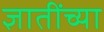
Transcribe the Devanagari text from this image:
ज्ञातींच्या